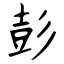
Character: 彭